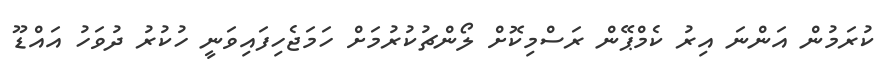
ކުރަމުން އަންނަ އިރު ކެމްޕޭން ރަސްމިކޮށް ލޯންޗުކުރުމަށް ހަމަޖެހިފައިވަނީ ހުކުރު ދުވަހު އައްޑޫ